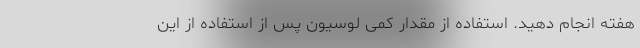
هفته انجام دهید. استفاده از مقدار کمی لوسیون پس از استفاده از این